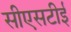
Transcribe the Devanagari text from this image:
सीएसटीई